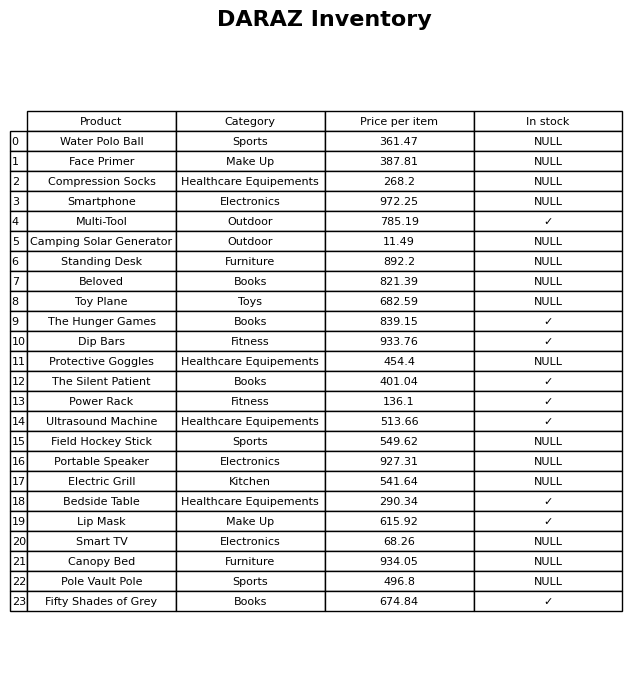
question: What is the price of the Multi-Tool?
answer: The price of Multi-Tool is 785.19.